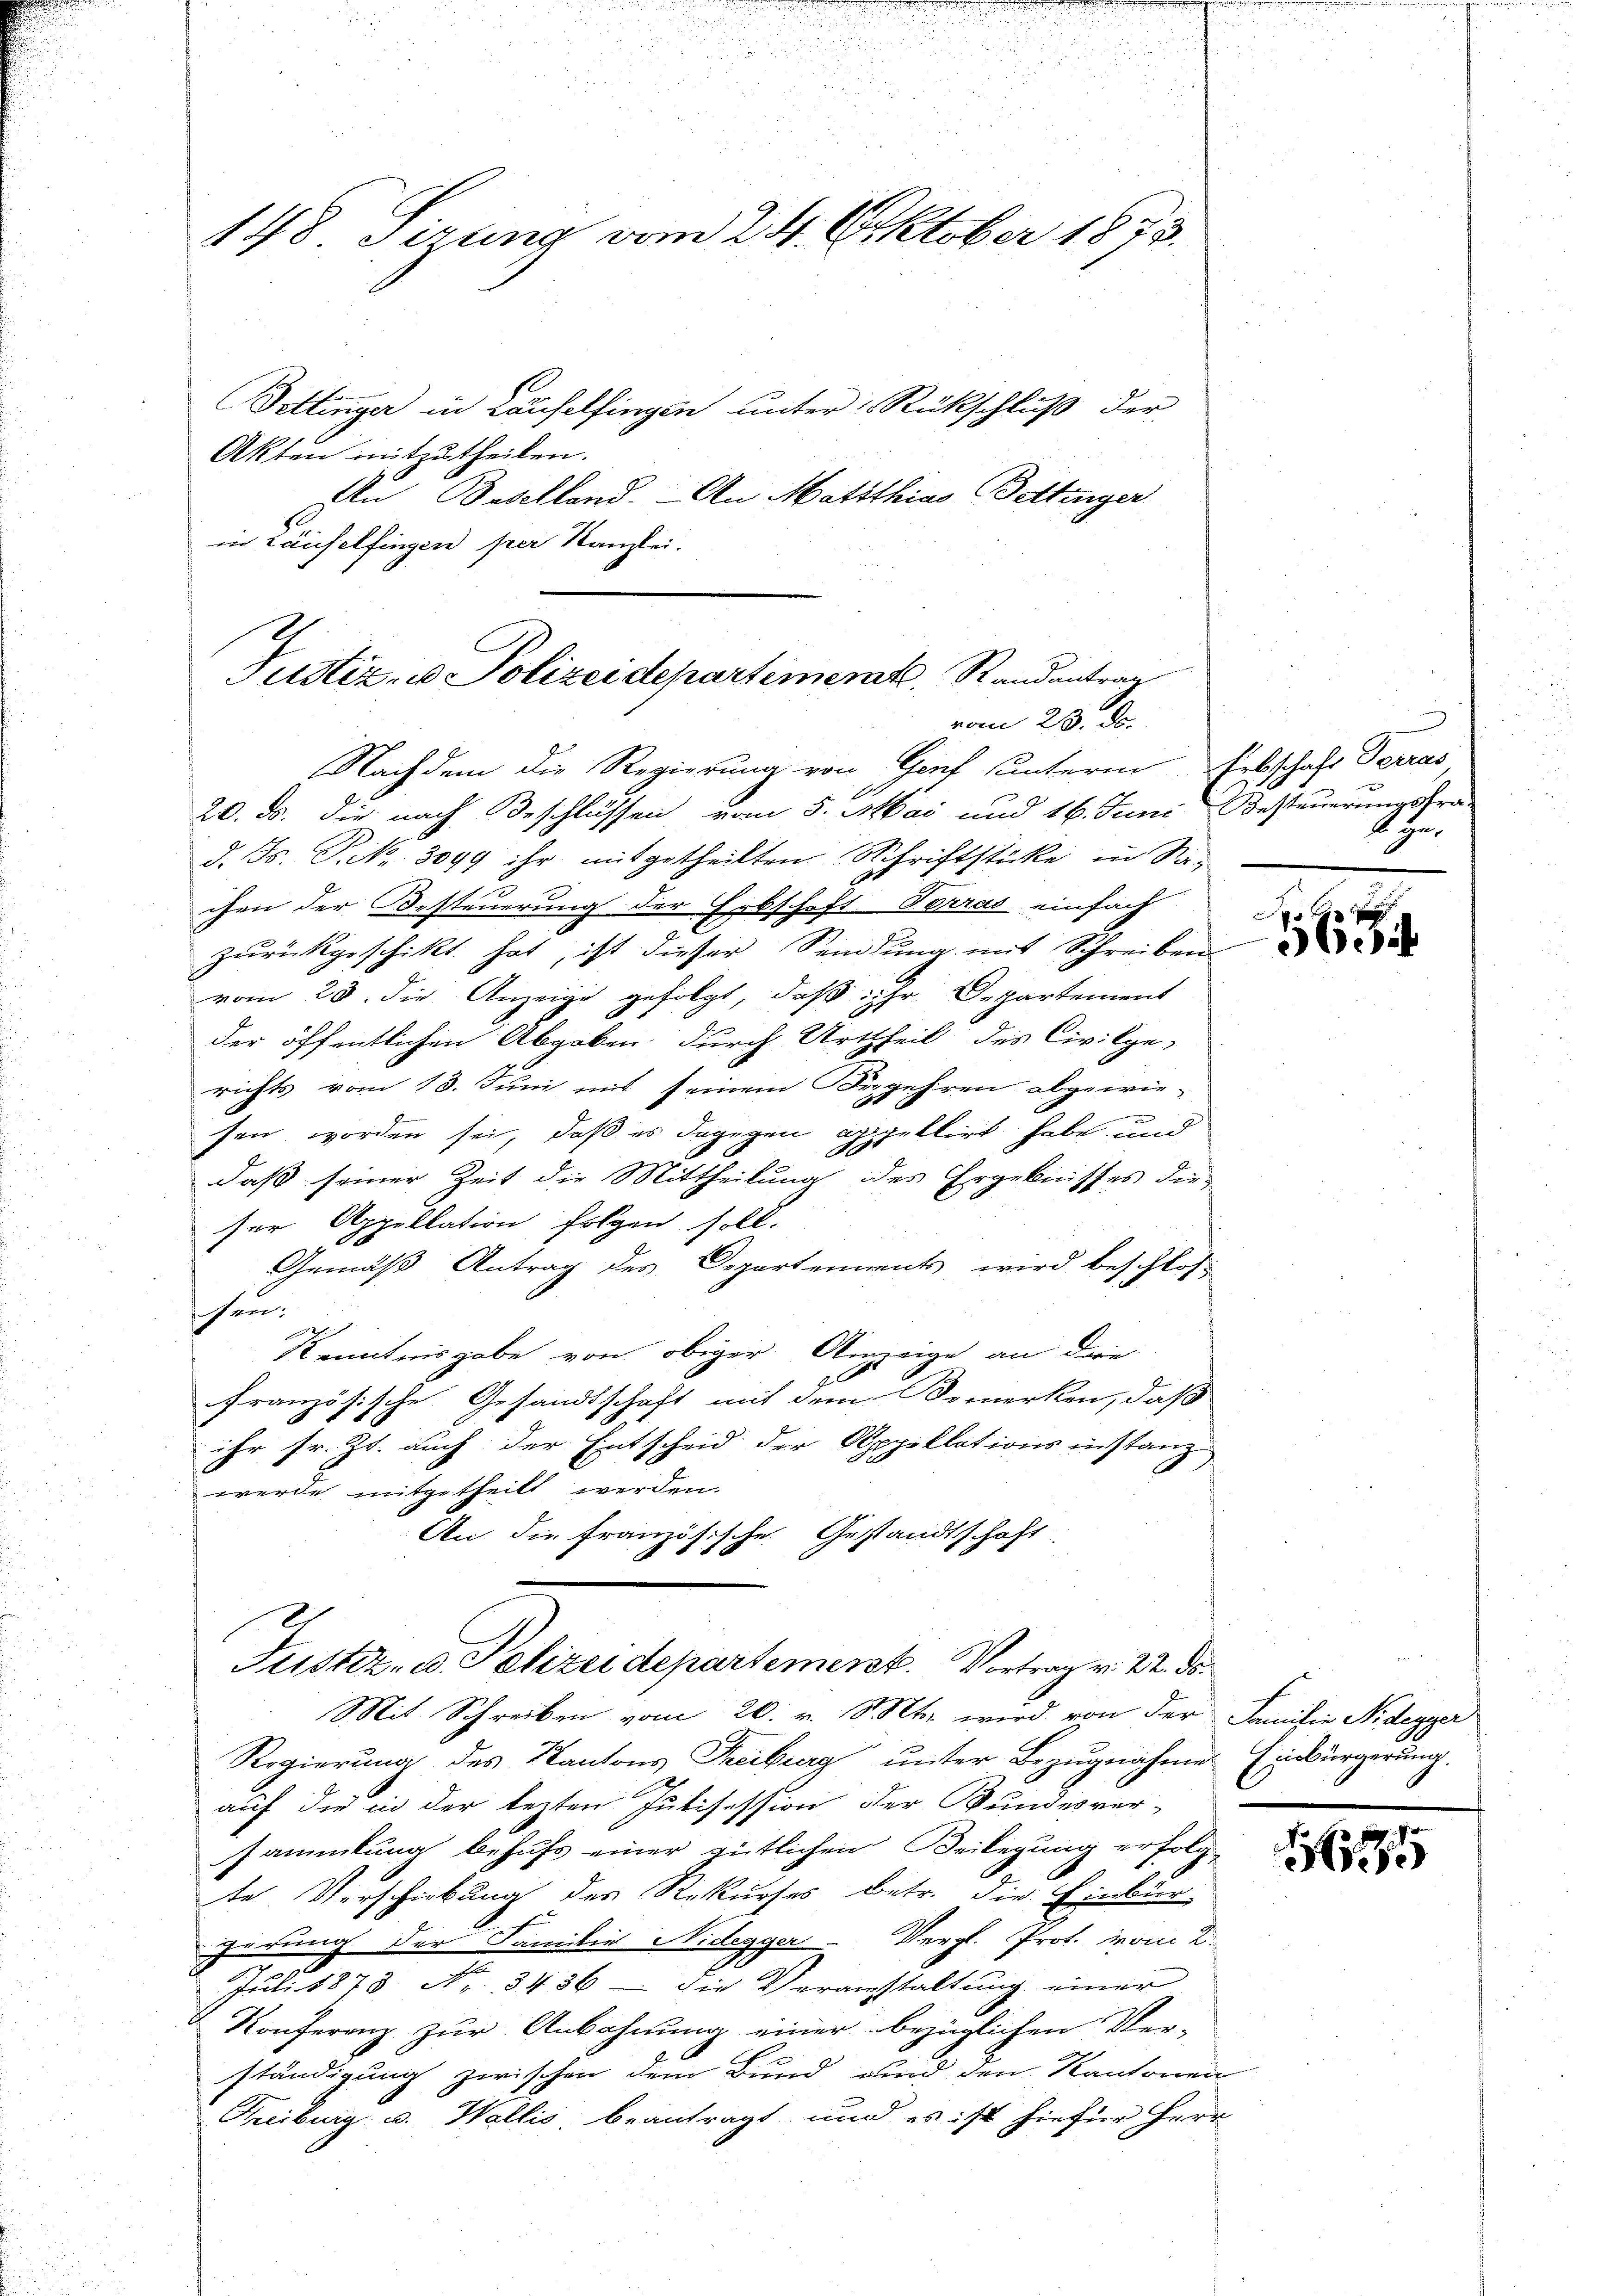
148 sirung vom 24. Oktober 1873.

Bettinger in Laufelfingen unter Rückschluß der
Akten mitzutheilen.
An Baselland. An Matthias Bettinger
in Laufelfingen per Kanzlei.
Justiz- u Polizeidepartement, Randantrag

vom 23. De

Nachdem die Regierung von Gorf unterm Erbschaft Terras
20. ds. die nach Beschlüssen vom 5. Mai und 16. Juni Besteuerungsra
d. Js. P. Nr. 3099 ihr mitgetheilten Schriftstücke in Sachen der Oesteuerung der Erbschaft Perras einfach
zurückgeschickt hat, ist dieser Sandlung mit Schreiben
vom 28. die Anzeige gefolgt, daß ihr Departement
der öffentlichen Abgaben durch Urtheil des Civilge-
richts vom 13. Juni mit seinem Begehren abgewie-

sen worden sei, daß es dagegen appellirt habe und
daß seiner Zeit die Mittheilung des Ergebnisses dieser Appellation folgen soll.
Gemäß Antrag des Departements wird beschlos
sen:
f
Kenntnisgabe von obiger Anzeige an die
ge
französische Gesandtschaft mit dem Bemerken, daß
ihr sr. Zt. auch der Entscheid der Appellationsinstanz
wurde mitgetheilt werden.
An die französische Gestandtschaft
Justiz, ed. Polizeidepartement. Vortrag v. 22. ds.
Mit Schreiben vom 20. v. Mts. wird von der Familie Nidegger
Regierung des Kantons Theiburg unter Bezugnahme Einbürgerung.
auf die in der lezten Jutisession der Bundesver-
sammlung behufs einer gütlichen Beilegung erfolgte Verschiebung des Rekurses betr. die Einbur
gerung der Familie Nidegger Vergl. Prot. vom 2.
Juli 1873 No. 3436 - die Veranstaltung einer
Konferenz zur Anbahnung einer bezüglichen Verständigung zwischen dem Bund und den Kantonen
Freiburg u. Wallis beantragt, und es ist hiefür Herr

Age

157